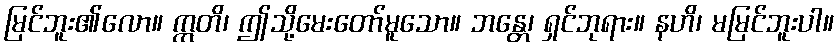
မြင်ဘူး၏လော။ ဣတိ၊ ဤသို့မေးတော်မူသော။ ဘန္တေ၊ ရှင်ဘုရား။ နဟိ၊ မမြင်ဘူးပါ။